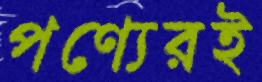
পণ্যেরই